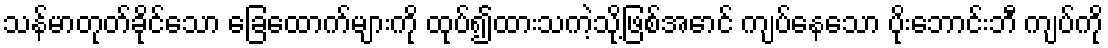
သန်မာတုတ်ခိုင်သော ခြေထောက်များကို ထုပ်၍ထားသကဲ့သို့ဖြစ်အောင် ကျပ်နေသော ပိုးဘောင်းဘီ ကျပ်ကို